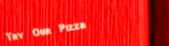
Try Our Pizza